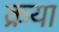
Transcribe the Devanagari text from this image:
क्रया